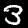
Digit: 3